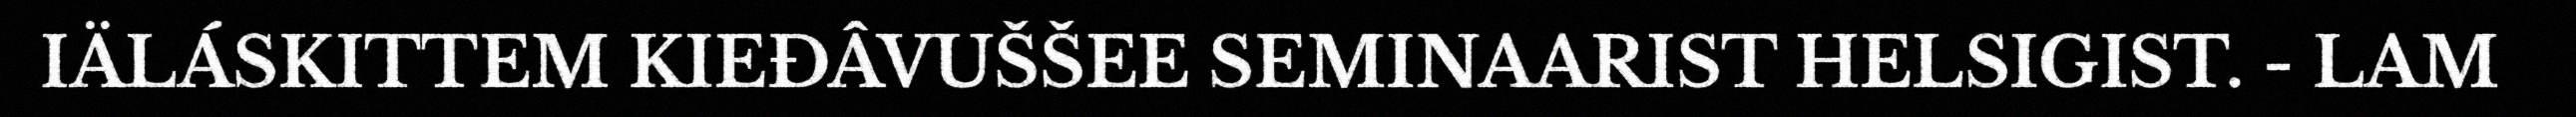
IÄLÁSKITTEM KIEĐÂVUŠŠEE SEMINAARIST HELSIGIST. - LAM